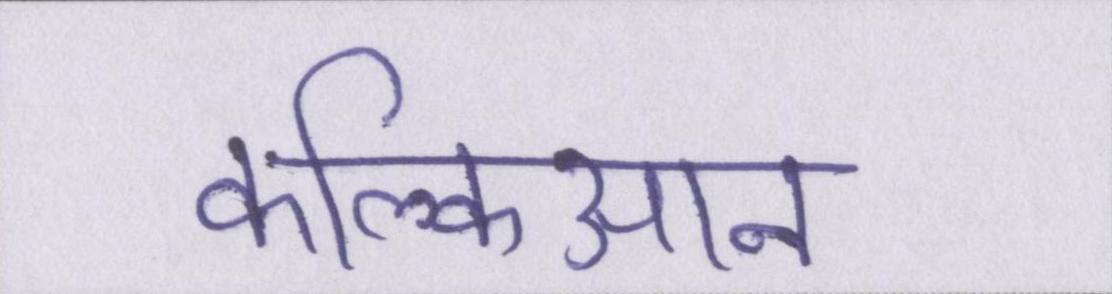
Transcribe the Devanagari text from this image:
कल्किआन